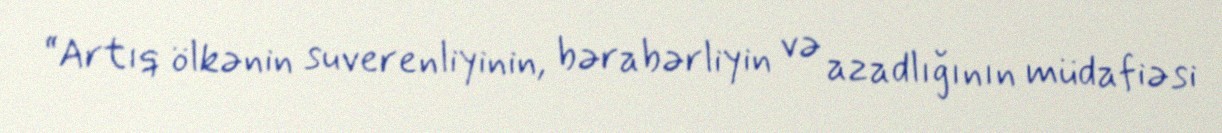
“Artıq ölkənin suverenliyinin, bərabərliyin və azadlığının müdafiəsi